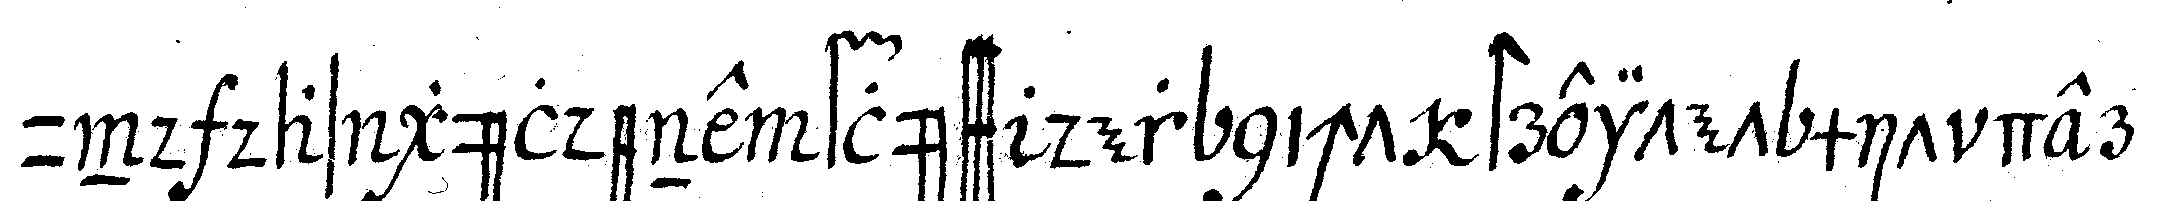
und das güldene flüss der nicht streitet mit der